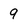
Character: 9